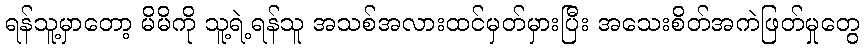
ရန်သူ့မှာတော့ မိမိကို သူ့ရဲ့ရန်သူ အသစ်အလားထင်မှတ်မှားပြီး အသေးစိတ်အကဲဖြတ်မှုတွေ